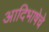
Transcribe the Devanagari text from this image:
आदिभाषेचे